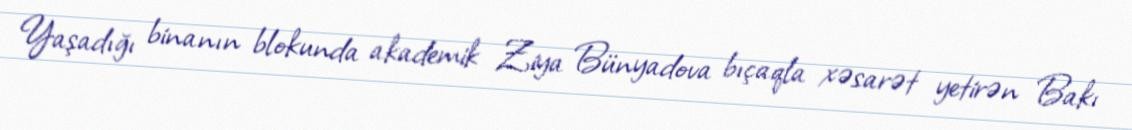
Yaşadığı binanın blokunda akademik Ziya Bünyadova bıçaqla xəsarət yetirən Bakı